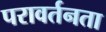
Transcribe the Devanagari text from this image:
परावर्तनता